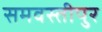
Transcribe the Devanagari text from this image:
समवस्तीपुर